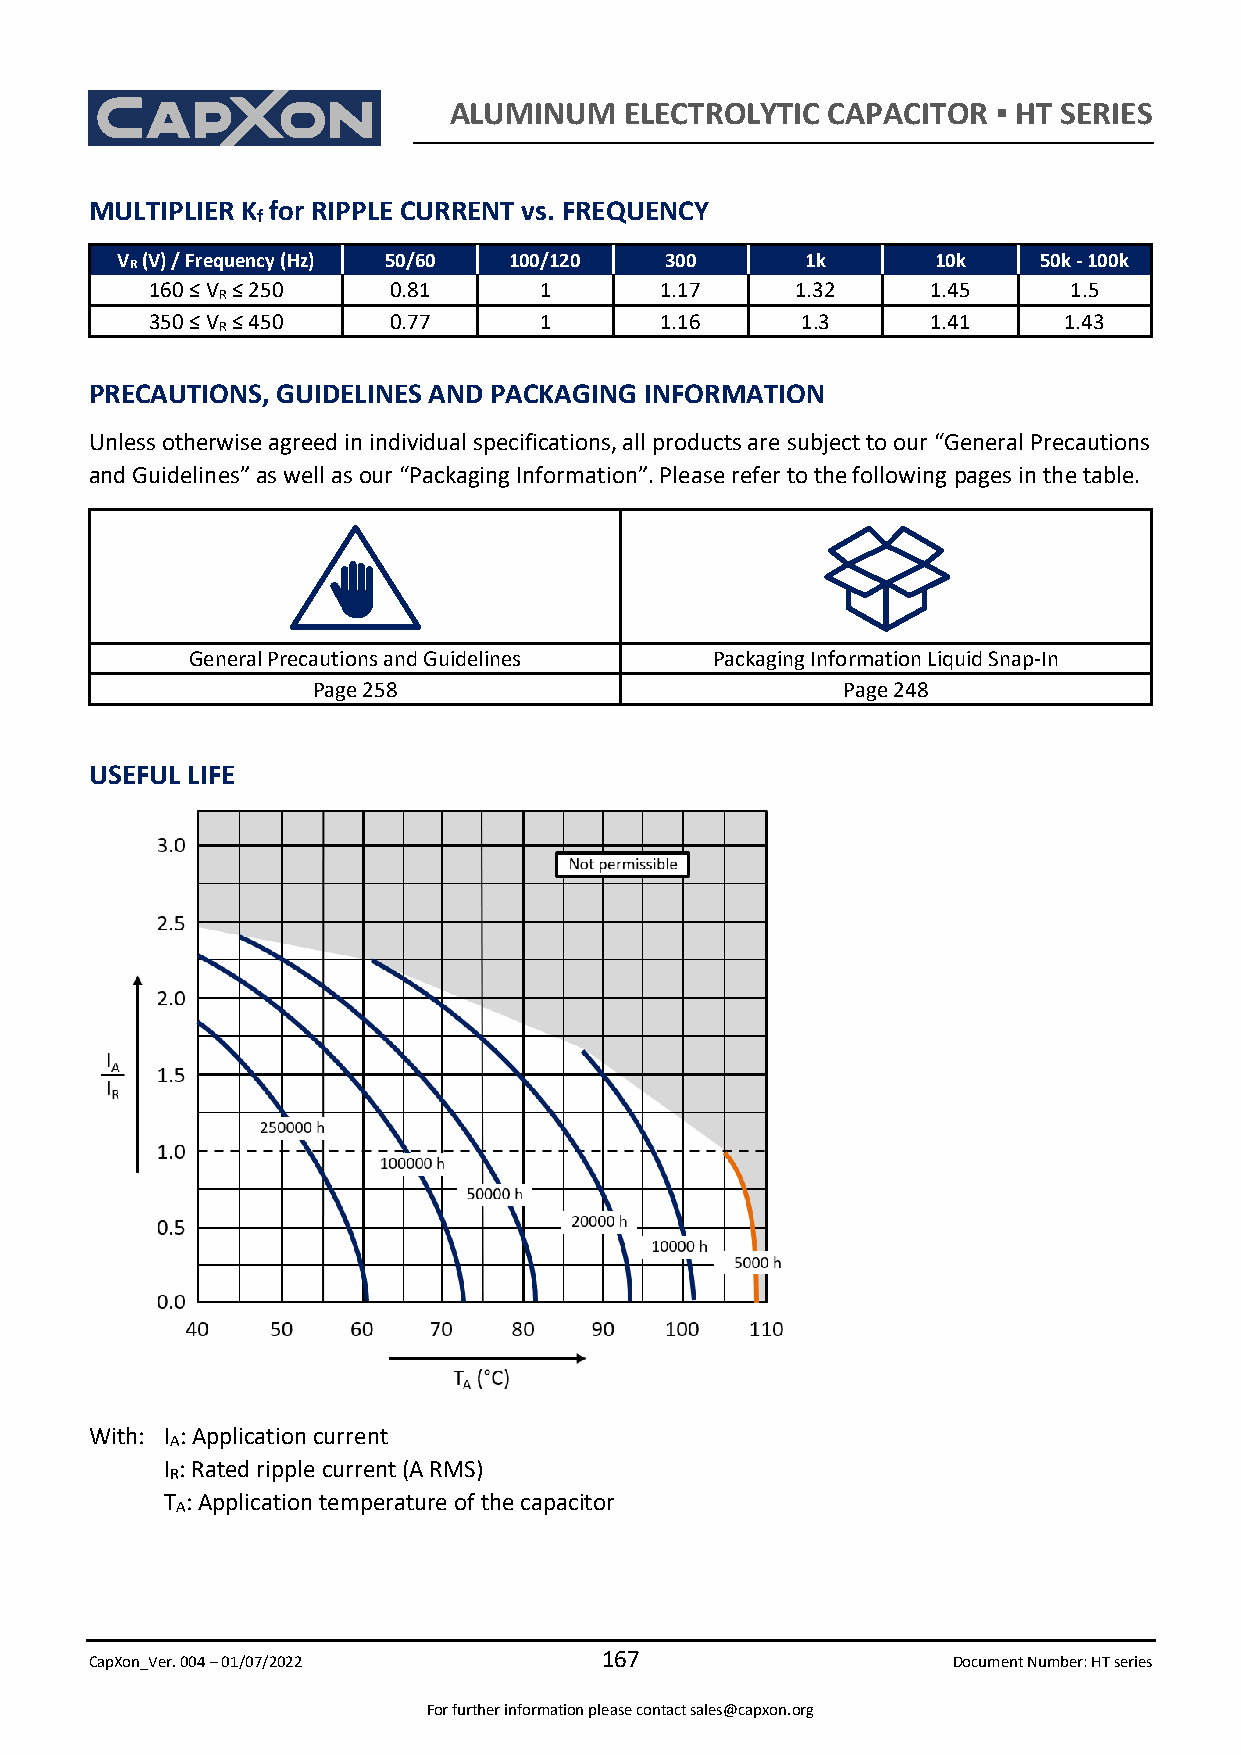
ALUMINUM   ELECTROLYTIC  CAPACITOR  ▪ HT SERIES
 MULTIPLIER K for RIPPLE CURRENT vs. FREQUENCY
 f
 V (V) / Frequency (Hz) 50/60 100/120 300     1k       10k    50k - 100k
 R
 160 ≤ V R ≤ 250 0.81      1       1.17     1.32     1.45     1.5
 350 ≤ V R ≤ 450 0.77      1       1.16     1.3      1.41    1.43
 PRECAUTIONS, GUIDELINES AND PACKAGING INFORMATION
 Unless otherwise agreed in individual specifications, all products are subject to our “General Precautions
 and Guidelines” as well as our “Packaging Information”. Please refer to the following pages in the table.
 General Precautions and Guidelines Packaging Information Liquid Snap-In
 Page 258                           Page 248
 USEFUL LIFE
 With: I : Application current
 A
 I : Rated ripple current (A RMS)
 R
 T : Application temperature of the capacitor
 A
 CapXon_Ver. 004 – 01/07/2022
 167
 Document Number: HT series
 For further information please contact sales@capxon.org